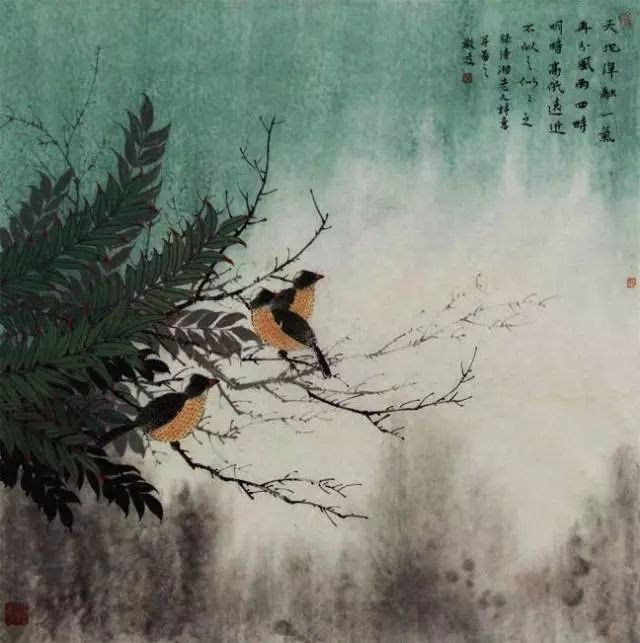
何事非相思，江上葳蕤竹。